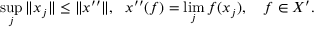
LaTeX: \operatorname* { s u p } _ { j } \| x _ { j } \| \leq \| x ^ { \prime \prime } \| , \ \ x ^ { \prime \prime } ( f ) = \operatorname* { l i m } _ { j } f ( x _ { j } ) , \quad f \in X ^ { \prime } .